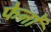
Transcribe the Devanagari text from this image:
फेनों